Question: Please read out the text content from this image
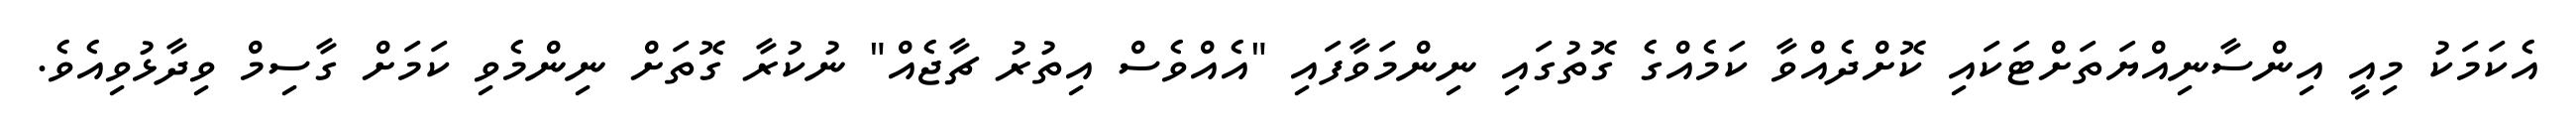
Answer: އެކަމަކު މިއީ އިންސާނިއްޔަތަށްޓަކައި ކޮށްދެއްވާ ކަމެއްގެ ގޮތުގައި ނިންމަވާފައި "އެއްވެސް އިތުރު ޗާޖެއް" ނުކުރާ ގޮތަށް ނިންމެވި ކަމަށް ގާސިމް ވިދާޅުވިއެވެ.